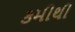
કમીથી